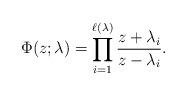
LaTeX: \begin{align*} \Phi(z;\lambda)= \prod_{i=1}^{\ell(\lambda)} \frac{z+\lambda_i}{z-\lambda_i}.\end{align*}